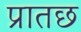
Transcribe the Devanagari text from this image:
प्रातछ